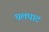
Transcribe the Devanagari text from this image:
घलघाट